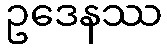
ဥဒေနဿ